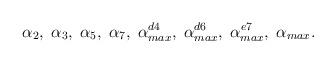
LaTeX: \begin{align*} \alpha_2, \; \alpha_3, \; \alpha_5, \; \alpha_7, \; \alpha^{d4}_{max}, \; \alpha^{d6}_{max}, \; \alpha^{e7}_{max}, \; \alpha_{max}. \end{align*}